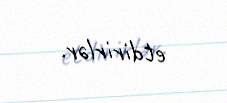
etdirirlər.